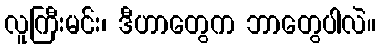
လူကြီးမင်း၊ ဒီဟာတွေက ဘာတွေပါလဲ။